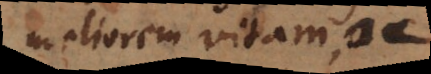
meliorem vitam, ac